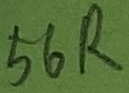
Text: 56R